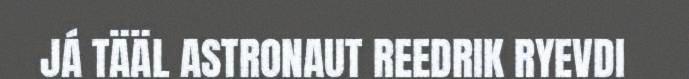
JÁ TÄÄL ASTRONAUT REEDRIK RYEVDI